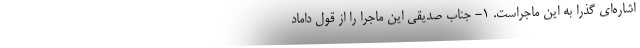
اشاره‌ای گذرا به این ماجراست. ۱- جناب صدیقی این ماجرا را از قول داماد